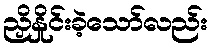
ညှိနှိုင်းခဲ့သော်လည်း